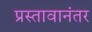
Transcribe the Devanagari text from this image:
प्रस्तावानंतर